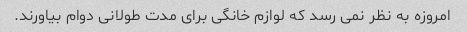
امروزه به نظر نمی رسد که لوازم خانگی برای مدت طولانی دوام بیاورند.